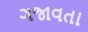
ગજાવતા